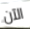
الآن